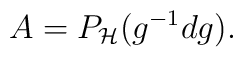
A = P_{\cal H} ( g^{-1} dg ).